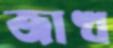
জাখ